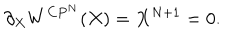
\partial _ { X } W ^ { C P ^ { N } } ( X ) = X ^ { N + 1 } = 0 .